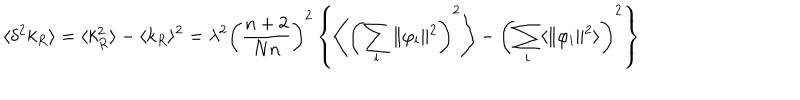
\langle \delta ^ { 2 } k _ { R } \rangle = \langle k _ { R } ^ { 2 } \rangle - \langle k _ { R } \rangle ^ { 2 } = \lambda ^ { 2 } \left( \frac { n + 2 } { N n } \right) ^ { 2 } \left\{ \left\langle \left( \sum _ { \bf i } \Vert \varphi _ { \bf i } \Vert ^ { 2 } \right) ^ { 2 } \right\rangle - \left( \sum _ { \bf i } \langle \Vert \varphi _ { \bf i } \Vert ^ { 2 } \rangle \right) ^ { 2 } \right\}